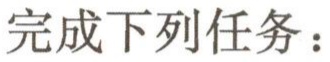
完成下列任务：